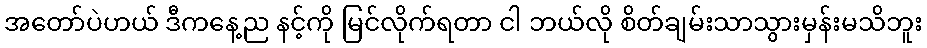
အတော်ပဲဟယ် ဒီကနေ့ည နင့်ကို မြင်လိုက်ရတာ ငါ ဘယ်လို စိတ်ချမ်းသာသွားမှန်းမသိဘူး